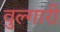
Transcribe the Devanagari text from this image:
वुल्गारी